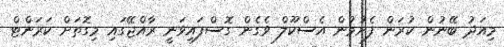
މިއަދު ބޭނުން ކުރަން ފެށުމުން އެސްކޫލް ވެގެން ގޮސްފައިވަނީ ރާއްޖޭގައި މިގޮތަށް ކަރަންޓް